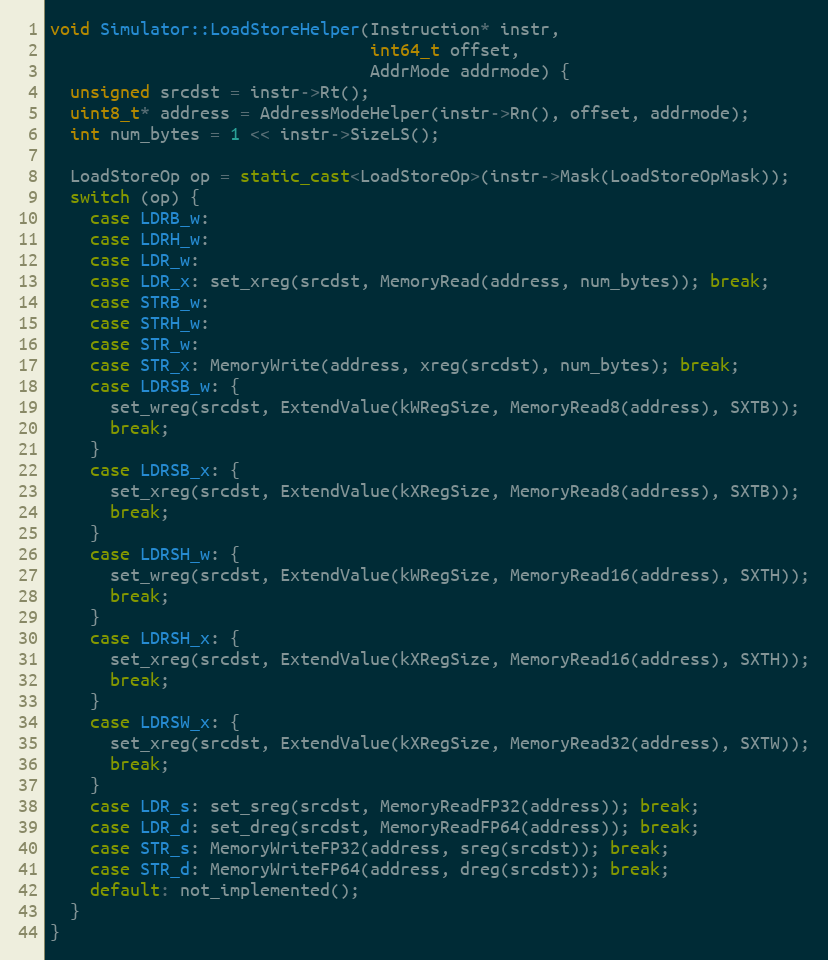
Language: C++
void Simulator::LoadStoreHelper(Instruction* instr,
                                int64_t offset,
                                AddrMode addrmode) {
  unsigned srcdst = instr->Rt();
  uint8_t* address = AddressModeHelper(instr->Rn(), offset, addrmode);
  int num_bytes = 1 << instr->SizeLS();

  LoadStoreOp op = static_cast<LoadStoreOp>(instr->Mask(LoadStoreOpMask));
  switch (op) {
    case LDRB_w:
    case LDRH_w:
    case LDR_w:
    case LDR_x: set_xreg(srcdst, MemoryRead(address, num_bytes)); break;
    case STRB_w:
    case STRH_w:
    case STR_w:
    case STR_x: MemoryWrite(address, xreg(srcdst), num_bytes); break;
    case LDRSB_w: {
      set_wreg(srcdst, ExtendValue(kWRegSize, MemoryRead8(address), SXTB));
      break;
    }
    case LDRSB_x: {
      set_xreg(srcdst, ExtendValue(kXRegSize, MemoryRead8(address), SXTB));
      break;
    }
    case LDRSH_w: {
      set_wreg(srcdst, ExtendValue(kWRegSize, MemoryRead16(address), SXTH));
      break;
    }
    case LDRSH_x: {
      set_xreg(srcdst, ExtendValue(kXRegSize, MemoryRead16(address), SXTH));
      break;
    }
    case LDRSW_x: {
      set_xreg(srcdst, ExtendValue(kXRegSize, MemoryRead32(address), SXTW));
      break;
    }
    case LDR_s: set_sreg(srcdst, MemoryReadFP32(address)); break;
    case LDR_d: set_dreg(srcdst, MemoryReadFP64(address)); break;
    case STR_s: MemoryWriteFP32(address, sreg(srcdst)); break;
    case STR_d: MemoryWriteFP64(address, dreg(srcdst)); break;
    default: not_implemented();
  }
}